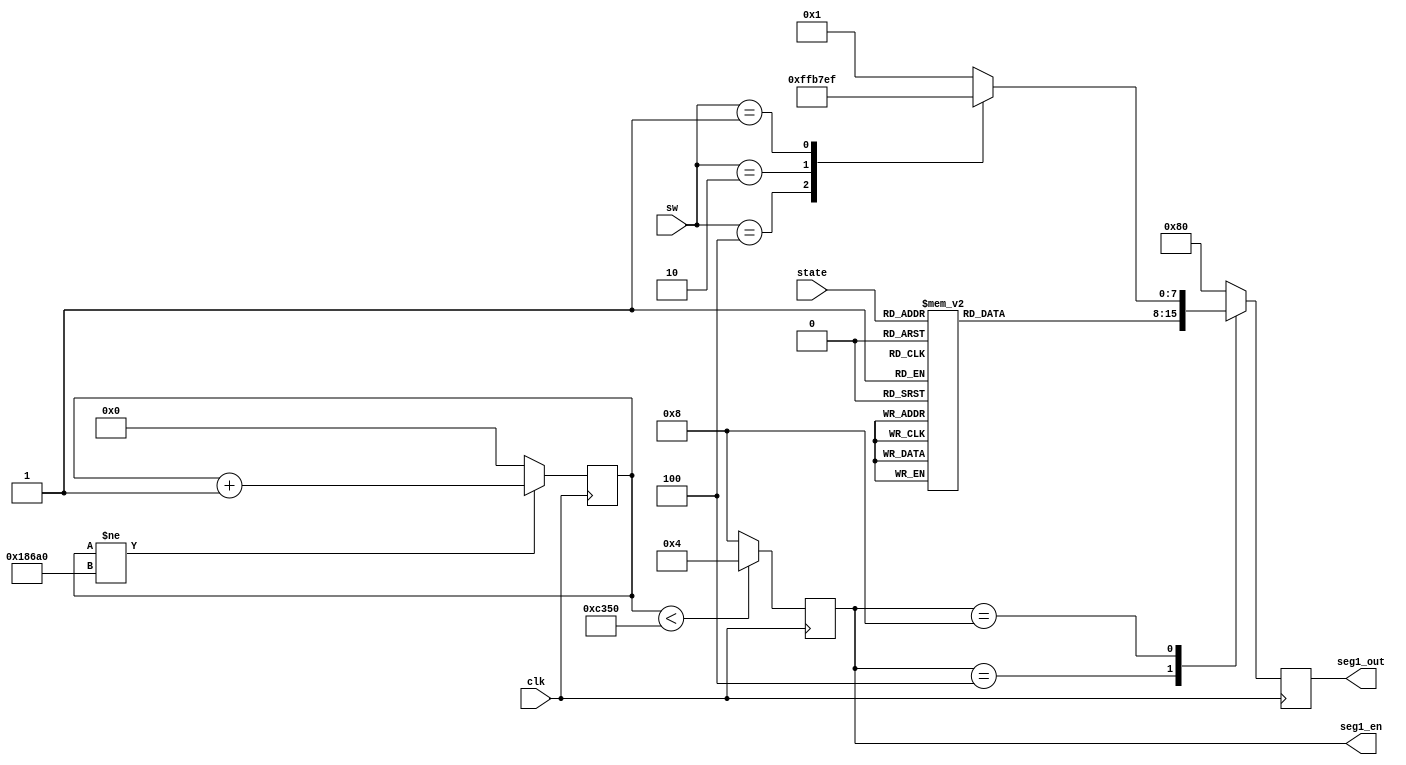
`timescale 1ns / 1ps
//////////////////////////////////////////////////////////////////////////////////
// Company: 
// Engineer: 
// 
// Design Name: 
// Module Name: seg_mod
// Project Name: 
// Target Devices: 
// Tool Versions: 
// Description: 
// 
// Dependencies: 
// 
// Revision:
// Revision 0.01 - File Created
// Additional Comments:
// 
//////////////////////////////////////////////////////////////////////////////////


module seg_mod(
input clk,//
input [2:0]sw,//
input [3:0]state,//
output reg [7:0] seg1_out,// 
output reg [3:0] seg1_en//
);
//top
parameter off = 4'b0000, no_st = 4'b0011, start = 4'b0111, movef = 4'b0110, moveb = 4'b0101; 
parameter wait_command = 4'b1000, left_turning = 4'b1001, right_turning = 4'b1010, circle_turning = 4'b1011,keep_go=4'b1110,semi_movef=4'b1111;

//
parameter c = 27'd10000_0, h = 27'd5_0000, zero = 27'b0;
reg [26:0] cnt = zero;
    always @ (negedge clk) begin
        case(seg1_en)
        4'b0100:
            case(state)
                        off: seg1_out <= 8'b11111100;//O.
                        no_st: seg1_out <= 8'b00101010;//n.
                        start: seg1_out <= 8'b10110110;//S.
                        movef: seg1_out <= 8'b10001110;//F.
                        keep_go: seg1_out <= 8'b10001110;//F.
                        semi_movef: seg1_out <= 8'b10001110;//F.
                        moveb: seg1_out <= 8'b11111110;//B.
                        wait_command: seg1_out <= 8'b10011100;//C.
                        left_turning: seg1_out <= 8'b00011100;//L.
                        right_turning: seg1_out <= 8'b00001010;//r.
                        circle_turning: seg1_out <= 8'b00111010;//o.
                        default: seg1_out <= 8'b00000001;
            endcase
        4'b1000:
            case(sw)
                            3'b100: seg1_out <= 8'b11111111;//B.
                            3'b010: seg1_out <= 8'b10110111;//S.
                            3'b001: seg1_out <= 8'b11101111;//A.
                            default: seg1_out <= 8'b00000001;
            endcase    
       default: seg1_out <= 8'b10000000;
       endcase    
    end
    
    always @ (posedge clk) begin
        if(cnt!=c) cnt <= cnt +1'b1;
        else cnt <= zero; 
        if(cnt < h) seg1_en <= 4'b0100;
        else seg1_en <= 4'b1000;
    end
endmodule